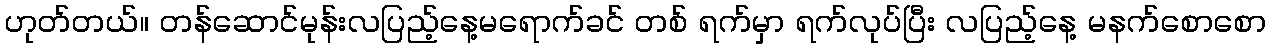
ဟုတ်တယ်။ တန်ဆောင်မုန်းလပြည့်နေ့မရောက်ခင် တစ် ရက်မှာ ရက်လုပ်ပြီး လပြည့်နေ့ မနက်စောစော